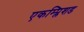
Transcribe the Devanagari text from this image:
एकम्प्लिशड